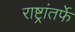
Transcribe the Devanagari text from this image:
राष्ट्रांतर्फे